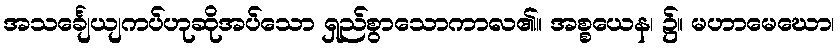
အသင်္ချေယျကပ်ဟုဆိုအပ်သော ရှည်စွာသောကာလ၏။ အစ္စယေန၊ ၌။ မဟာမေဃော၊